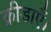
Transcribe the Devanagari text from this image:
क्रीडाएँ।